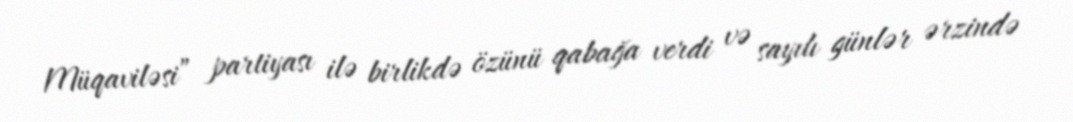
Müqaviləsi” partiyası ilə birlikdə özünü qabağa verdi və sayılı günlər ərzində